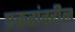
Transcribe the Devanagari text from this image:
एकरांवरील